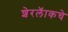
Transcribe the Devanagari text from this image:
शेरलॅाकचे